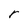
Character: r